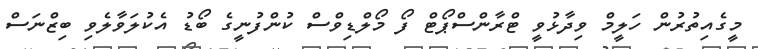
މީގެއިތުރުން ހަލީމް ވިދާޅުވީ ޓްރާންސްޕޯޓް ފޯ މޯލްޑިވްސް ކުންފުނީގެ ބޯޑު އެކުލަވާލެވި ބިޒްނަސް